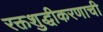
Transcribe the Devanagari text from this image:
रक्तशुद्धीकरणाची